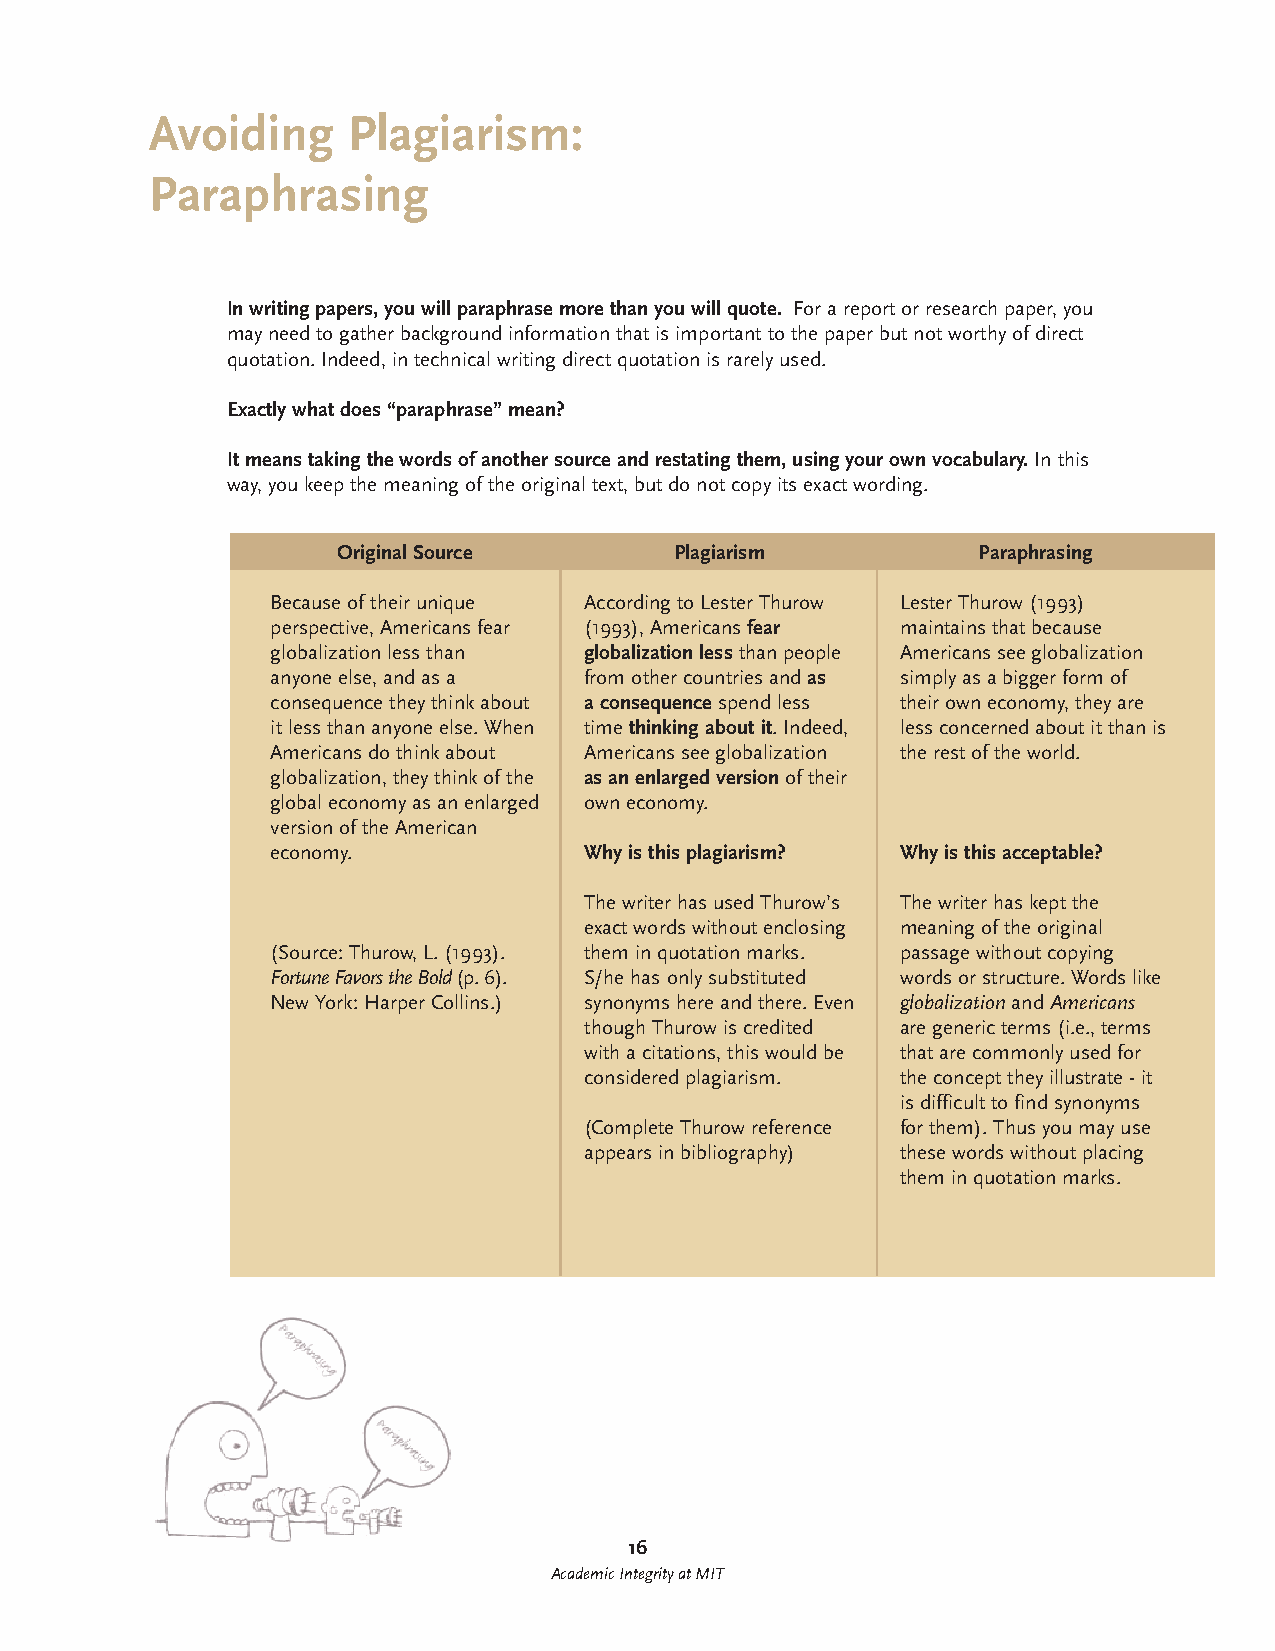
Avoiding     Plagiarism:
 Paraphrasing
 In writing papers, you will paraphrase more than you will quote. For a report or research paper, you
 may need to gather background information that is important to the paper but not worthy of direct
 quotation. Indeed, in technical writing direct quotation is rarely used.
 Exactly what does “paraphrase” mean?
 It means taking the words of another source and restating them, using your own vocabulary. In this
 way, you keep the meaning of the original text, but do not copy its exact wording.
 Original Source        Plagiarism          Paraphrasing
 Because of their unique According to Lester Thurow Lester Thurow (1993)
 perspective, Americans fear (1993), Americans fear maintains that because
 globalization less than globalization less than people Americans see globalization
 anyone else, and as a from other countries and as simply as a bigger form of
 consequence they think about a consequence spend less their own economy, they are
 it less than anyone else. When time thinking about it. Indeed, less concerned about it than is
 Americans do think about Americans see globalization the rest of the world.
 globalization, they think of the as an enlarged version of their
 global economy as an enlarged own economy.
 version of the American
 economy.             Why is this plagiarism? Why is this acceptable?
 The writer has used Thurow’s The writer has kept the
 exact words without enclosing meaning of the original
 (Source: Thurow, L. (1993). them in quotation marks. passage without copying
 Fortune Favors the Bold (p. 6). S/he has only substituted words or structure. Words like
 New York: Harper Collins. ) synonyms here and there. Even globalization and Americans
 though Thurow is credited are generic terms (i.e., terms
 with a citations, this would be that are commonly used for
 considered plagiarism. the concept they illustrate - it
 is difficult to find synonyms
 (Complete Thurow reference for them). Thus you may use
 appears in bibliography) these words without placing
 them in quotation marks.
 16
 Academic Integrity at MIT